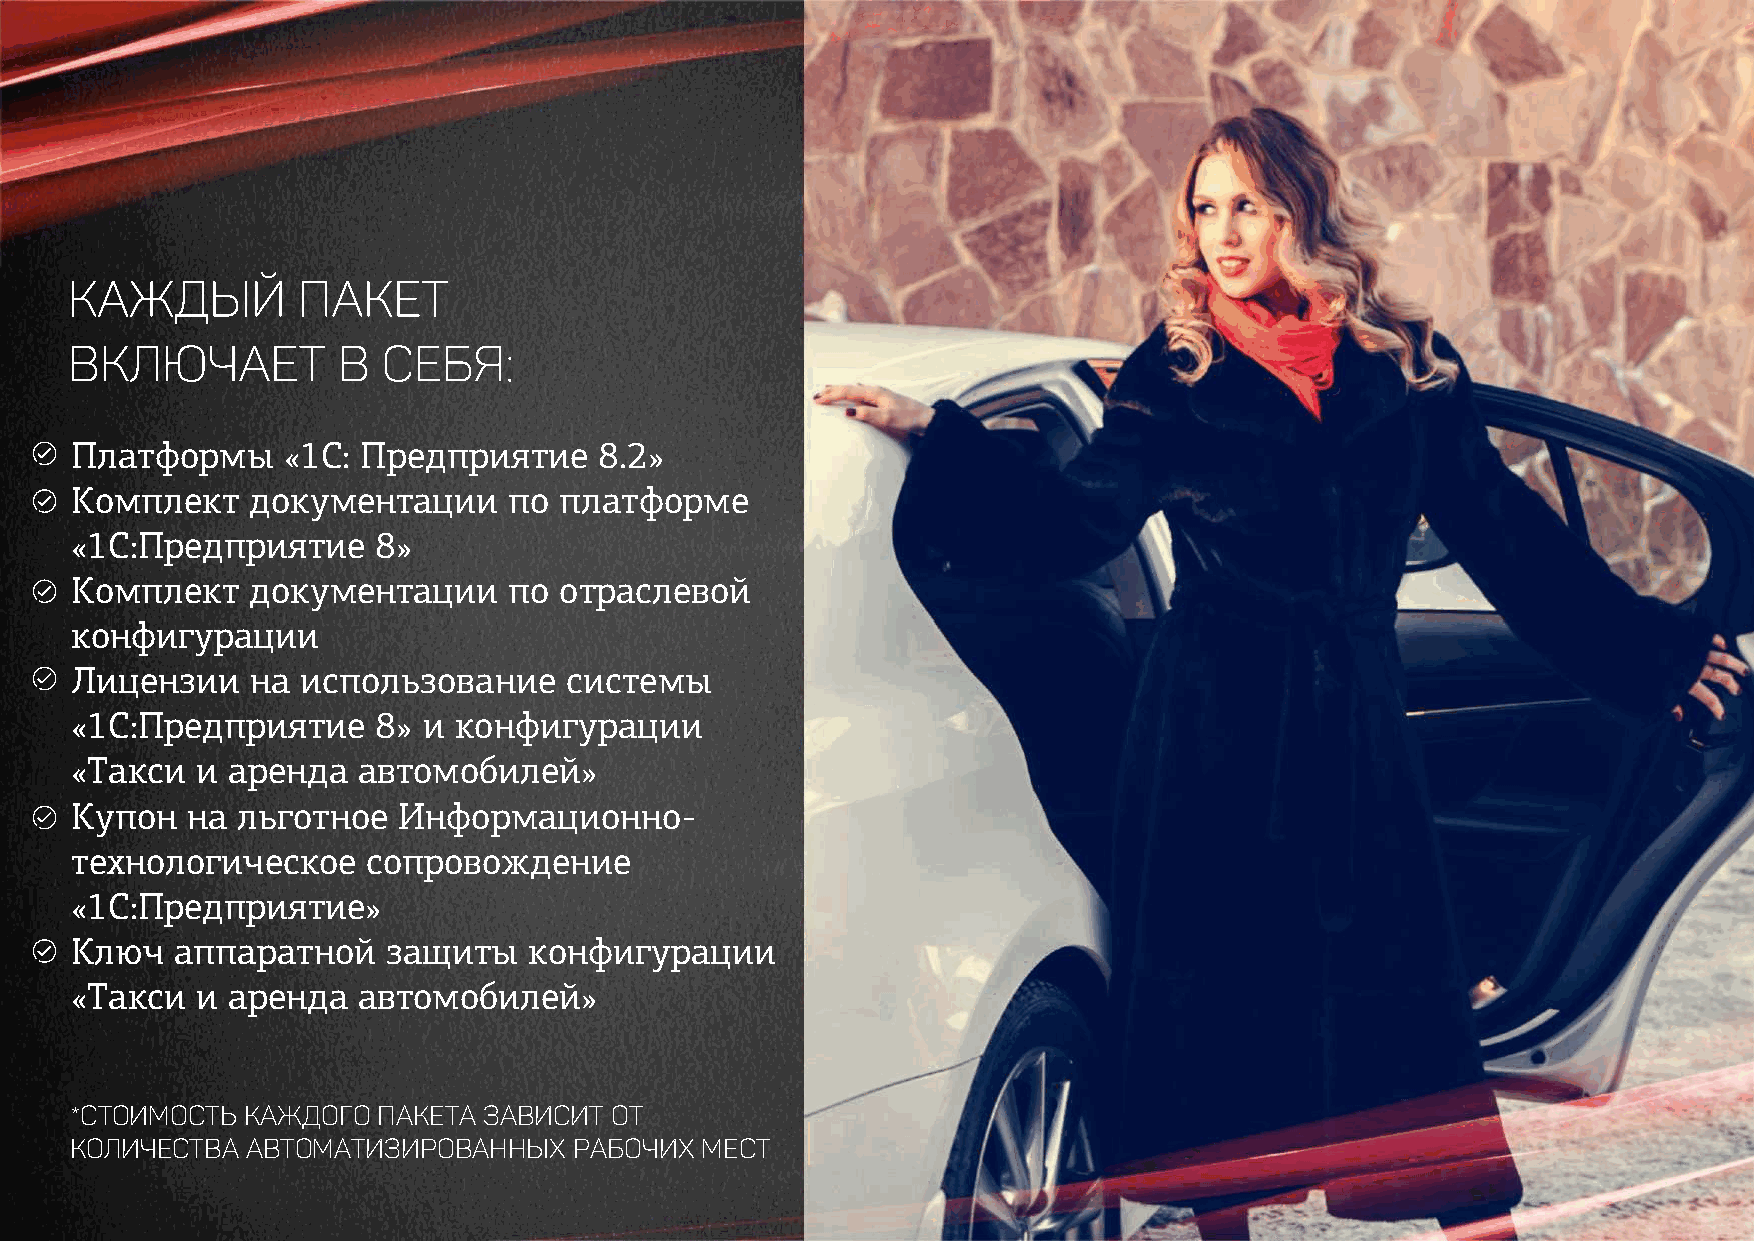
Каждый          пакет
 включает          в  себя:
 Платформы     «1С: Предприятие     8.2»
 Комплект    документации     по платформе
 «1С:Предприятие     8»
 Комплект    документации     по отраслевой
 конфигурации
 Лицензии    на использование    системы
 «1С:Предприятие     8» и конфигурации
 «Такси  и аренда   автомобилей»
 Купон  на  льготное  Информационно-
 технологическое    сопровождение
 «1С:Предприятие»
 Ключ   аппаратной    защиты   конфигурации
 «Такси  и аренда   автомобилей»
 *Стоимость каждого  пакета зависит от
 количества автоматизированных    рабочих мест